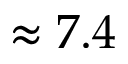
\approx 7 . 4